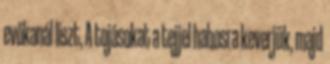
evőkanál liszt, A tojásokat a tejjel habosra keverjük, majd